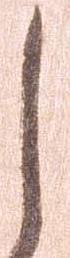
し